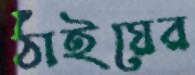
ঠাঁইয়ের